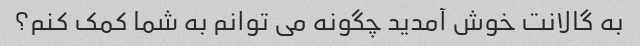
به گالانت خوش آمدید چگونه می توانم به شما کمک کنم؟